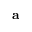
\mathbf { a }